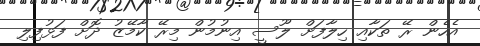
އެހެން ރޭ ތަކާއި ހިލާފަށް ލޫސީ އިނުމުން މިރޭ ކާމޭޒު ދޮށް ފަޅުފިލި